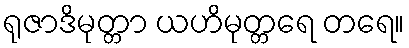
ရုဇာဒိမုတ္တာ ယဟိမုတ္တရေ တရေ။